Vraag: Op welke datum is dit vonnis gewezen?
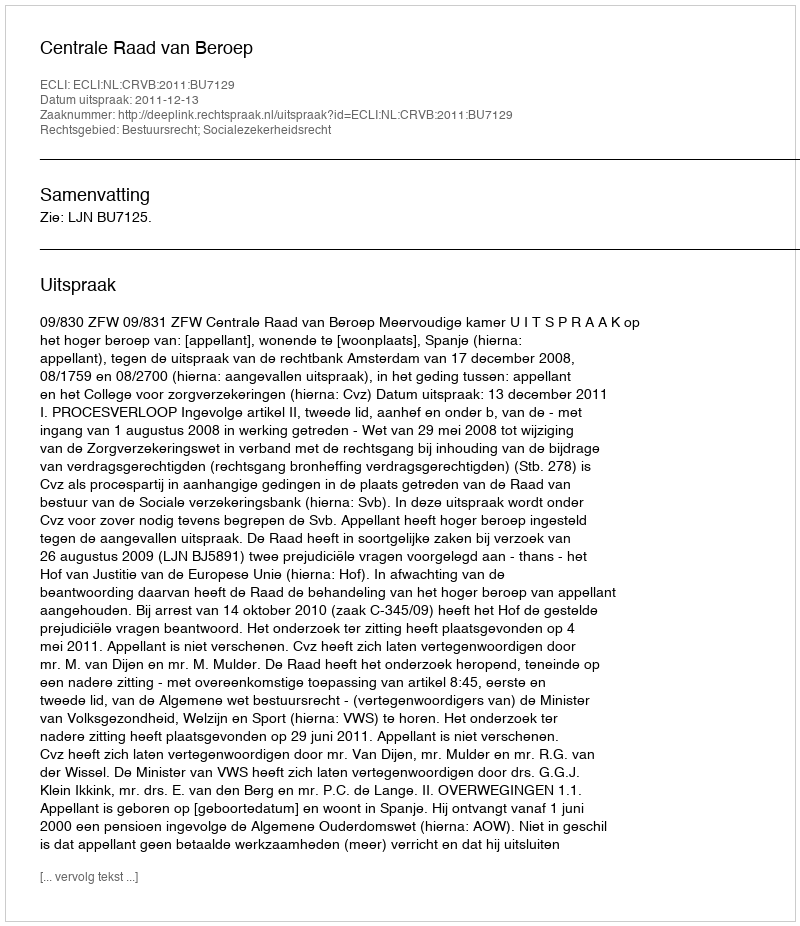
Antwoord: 2011-12-13